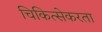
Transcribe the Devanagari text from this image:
चिकित्सेकरता